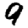
Digit: 9